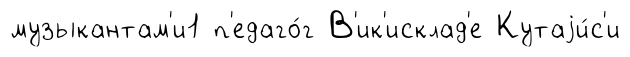
музыкантам'и1 п'едаго́г В'ик'исклад'е Кутаjи́с'и